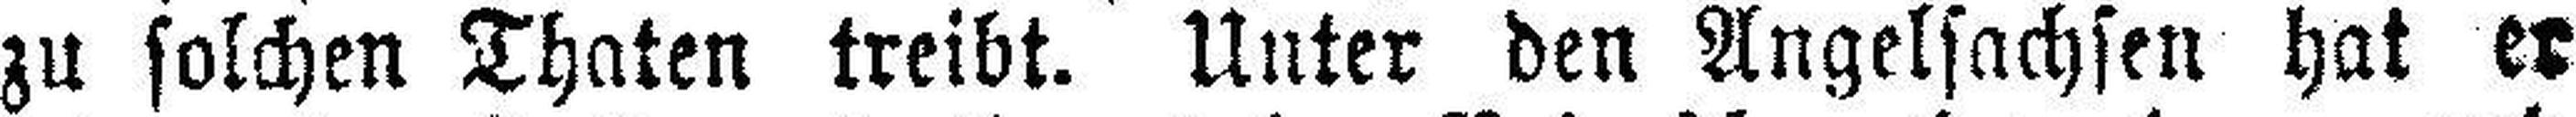
zu solchen Thaten treibt. Unter den Angelsachsen hat er